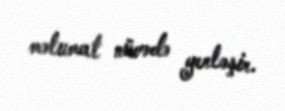
məlumat nüvədə yerləşir.